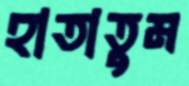
হাতাতুম